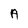
Character: A